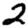
Digit: 2